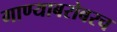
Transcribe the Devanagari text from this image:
गाण्याबरोबरच